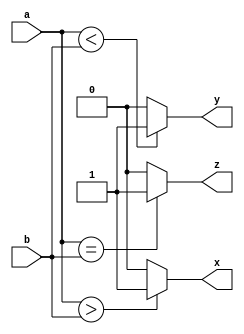
module comp1(a, b, x, y, z);
  
input a, b;
output x, y, z;
  
assign y=(a<b)?1:0;
assign x=(a>b)?1:0;
assign z=(a==b)?1:0;
  
endmodule

module testbench();
  
reg a,b;
wire x,y,z;
  
comp1 ck(a,b,x,y,z);
  
always@(a or b);
initial
begin
  a=1;b=1;
#5 a=0;b=1;
#5 a=1;b=0;
#5 a=0;b=0;
end
initial
begin
$monitor($time,"a=%b,b=%b,x=%b,y=%b,z=%b",a,b,x,y,z);
end
endmodule